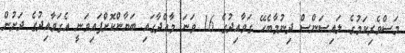
މަސްވެރިކަމުގެ ލައިސަންސް ދިނުމާބެހޭ ގަވާއިދުގެ 16 ވަނަ މާއްދާގައި ބަޔާންކޮށްފައިވަނީ އެގަވާއިދުގެ ދަށުން